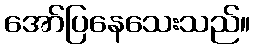
အော်ပြနေသေးသည်။